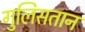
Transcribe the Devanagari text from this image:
गुलिसतान